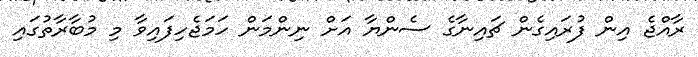
ރާއްޖެ އިން ފުރައިގެން ޗައިނާގެ ސެންޔާ އަށް ނިންމަން ހަމަޖެހިފައިވާ މި މުބާރާތުގައި